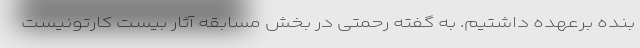
بنده برعهده داشتیم. به گفته رحمتی در بخش مسابقه آثار بیست کارتونیست